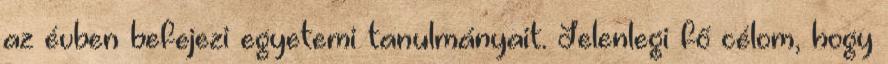
az évben befejezi egyetemi tanulmányait. Jelenlegi fő célom, hogy